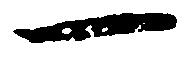
一